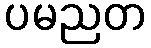
ပမညတ